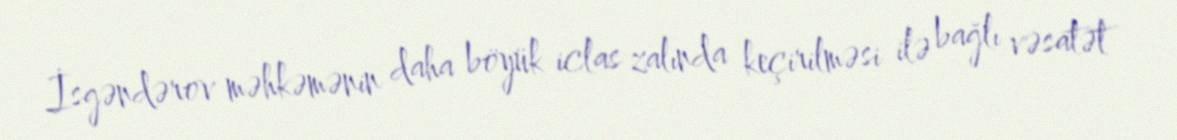
İsgəndərov məhkəmənin daha böyük iclas zalında keçirilməsi ilə bağlı vəsatət